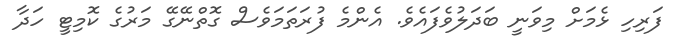
ފަރިހި ޅެމަށް މިވަނީ ބަދަލުވެފައެވެ. އެންމެ ފުރަތަމަވެސް ގޮތްނޭގޭ މަރުގެ ކޮމިޓީ ހަދާ